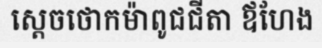
ស្តេចថោកម៉ាពូជជីតា ឪហែង